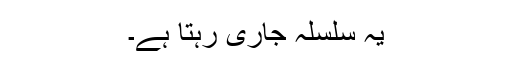
یہ سلسلہ جاری رہتا ہے۔